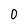
Character: 0